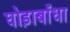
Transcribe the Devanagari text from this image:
घोड़ाबाँधा